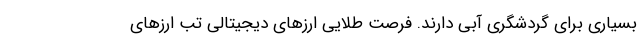
بسیاری برای گردشگری آبی دارند. فرصت طلایی ارزهای دیجیتالی تب ارزهای